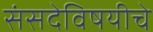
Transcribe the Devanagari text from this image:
संसदेविषयीचे